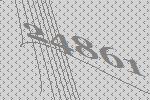
24861